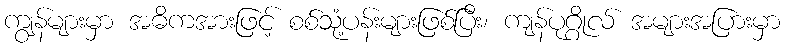
ကျွန်များမှာ အဓိကအားဖြင့် စစ်သုံ့ပန်းများဖြစ်ပြီး၊ ကျန်ပုဂ္ဂိုလ် အများအပြားမှာ